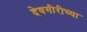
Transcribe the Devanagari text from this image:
देवगीरीच्या